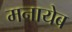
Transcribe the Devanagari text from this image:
मनायेब